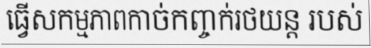
ធ្វើសកម្មភាពកាច់កញ្ចក់រថយន្ត របស់